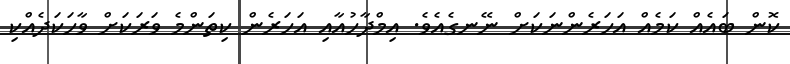
ކޮން ބައެއް ކަމެއް އަހަރެންނަކަށް ނޭނގެއެވެ. އިމްދާހުއާއި އަހަރެން ކިތަންމެ ވަރަކަށް ވާހަކަދެއްކި